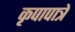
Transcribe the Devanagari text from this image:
कृपापात्रे